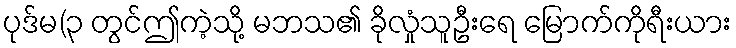
ပုဒ်မ(၃ တွင်ဤကဲ့သို့ မဘသ၏ ခိုလှုံသူဦးရေ မြောက်ကိုရီးယား